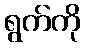
ရွက်ကို